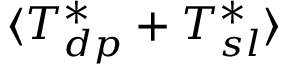
\langle T _ { d p } ^ { * } + T _ { s l } ^ { * } \rangle